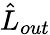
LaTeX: \hat{L}_{out}